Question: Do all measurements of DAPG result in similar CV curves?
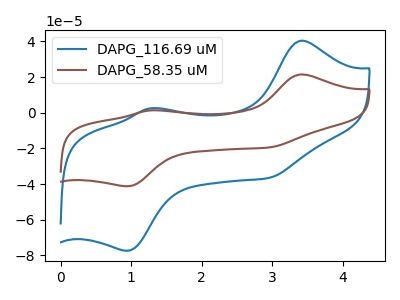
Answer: <think>The blue curve "DAPG_116.69 uM" has anodic peaks at (3.40V, 40.40uA) (1.25V, 2.45uA) and cathodic peaks at (0.95V, -77.35uA) (2.95V, -36.45uA). The brown curve "DAPG_58.35 uM" has anodic peaks at (3.40V, 21.50uA) (1.25V, 1.30uA) and cathodic peaks at (0.95V, -41.15uA) (2.95V, -19.40uA).
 All the peaks in "DAPG_116.69 uM" have a peak in "DAPG_58.35 uM" at the same potential. Every peak in "DAPG_116.69 uM" is higher than every peak in "DAPG_58.35 uM".</think>
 <answer>All the CV's of "DAPG" have similar shape.</answer>
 <eval>follow_rule</eval>